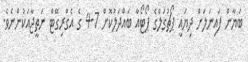
ބަޔާން ފައިނަލަށް ދިޔައީ ޕޯޗުގަލްގެ ޕޯޓޯއާ ބައްދަލުކޮށް 7-4 ގެ އެގްރިގޭޓް ނަތީޖާއަކުންނެވެ.